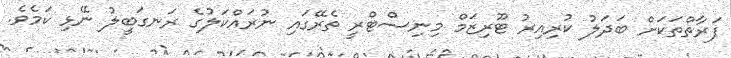
ފަރާތްތަކަށް ބަދަލު ކުރިއިރު ޓޫރިޒަމް މިނިސްޓްރީ ތެރޭގައި ނުރައްކަލުގެ ރަނގަބީލު ނޭޅި ކަމެވެ.